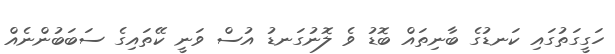
ހަގީގަތުގައި ކަނޑުގެ ބާނިތައް ބޮޑު ވެ ލޮނުގަނޑު އުސް ވަނީ ކޭތައިގެ ސަބަބުންނެއް